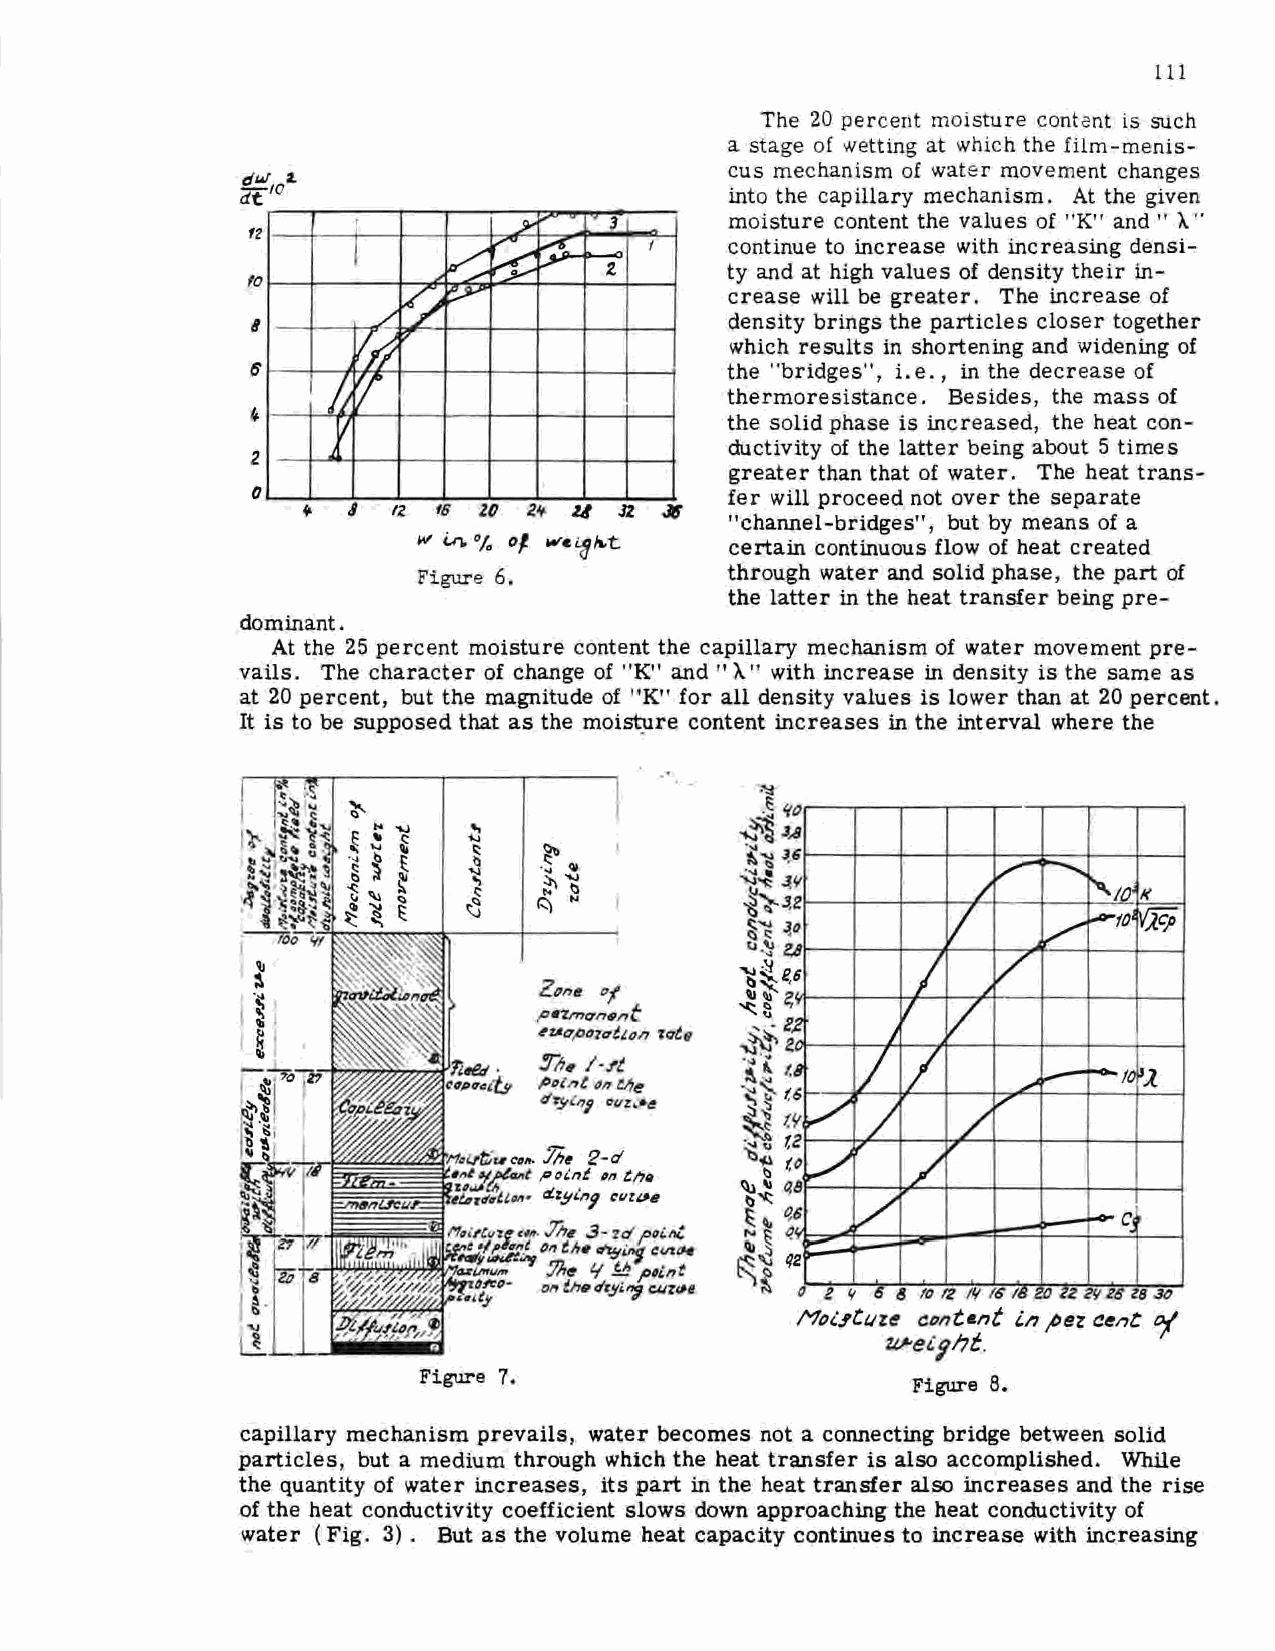
111
 The 20 percent moisture content is such
 a stage of wetting at which the film-menis
 cus mechanism of water movement changes
 dlAI 2.
 dt: 10.                         into the capillary mechanism. At the given
 -
 t           ... - 3     moisture content the values of "K" and " ). "
 fZ     j
 ,,~
 ~~ - ~-   f    continue to increase with increasing densi
 2.      ty and at high values of density their in
 fO
 'i ~                 crease will be greater. The increase of
 _/                     density brings the particles closer together
 8
 0"
 which results in shortening and widening of
 6                              the "bridges", i.e. , in the decrease of
 i  '!
 ~~                        thermoresistance. Besides, the mass of
 4    v                         the solid phase is increased, the heat con
 ductivity of the latter being about 5 times
 2
 greater than that of water. The heat trans
 0                              fer will proceed not over the separate
 J  IZ f6 20 2+. l,f JZ J6
 "channel-bridges", but by means of a
 w Vi.% 01 wccalt.t  certain continuous flow of heat created
 Figure 6.           through water and solid phase, the part of
 the latter in the heat transfer being pre-
 dominant.
 At the 25 percent moisture content the capillary mechanism of water movement pre
 vails. The character of change of "K" and" 'A" with increase in density is the same as
 at 20 percent, but the magnitude of "K" for all density values is lower than at 20 percent.
 It is to be supposed that as the content increases in the interval where the
 moi~re
 ZMtl !7f
 p•'Zmrrnent
 ~vt.qpourt1.on :ate
 ,-;,# /·ft
 ,Ootnt ""VJe
 o'rytni e:vz.-.e
 Figure 7.
 capillary mechanism prevails, water becomes not a connecting bridge between solid
 particles, but a medium through which the heat transfer is also accomplished. While
 the quantity of water increases, its part in the heat transfer also increases and the rise
 of the heat conductivity coefficient slows down approaching the heat conductivity of
 water (Fig. 3) . But as the volume heat capacity continues to increase with increasing